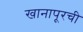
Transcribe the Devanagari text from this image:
खानापूरची